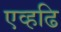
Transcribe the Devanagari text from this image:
एव्हढि